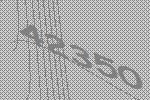
42350